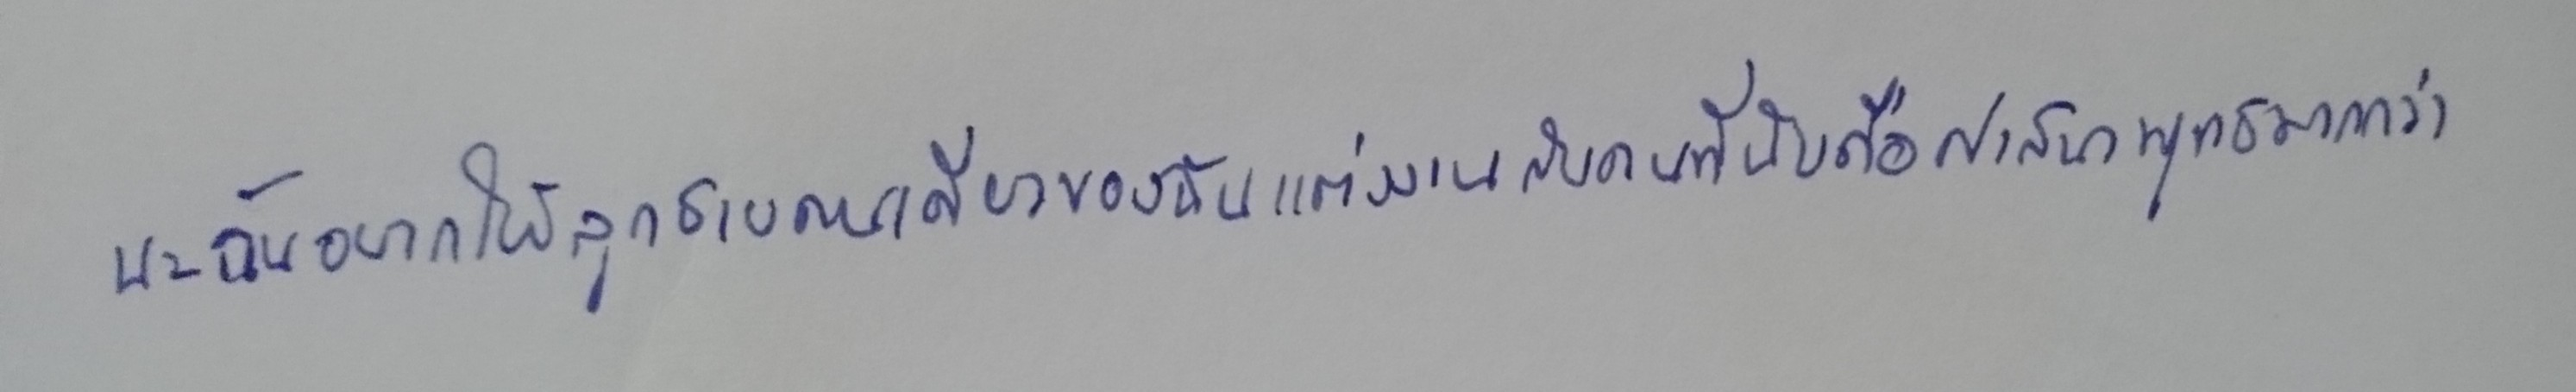
นะฉันอยากให้ลูกชายคนเดียวของฉันแต่งงานกับคนที่นับถือศาสนาพุทธมากกว่า